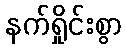
နက်ရှိုင်းစွာ